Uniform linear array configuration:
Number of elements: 16
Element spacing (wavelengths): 0.25
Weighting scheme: hann
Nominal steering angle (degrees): -60
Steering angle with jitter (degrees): -61.821
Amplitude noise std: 0.05
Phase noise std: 0.05

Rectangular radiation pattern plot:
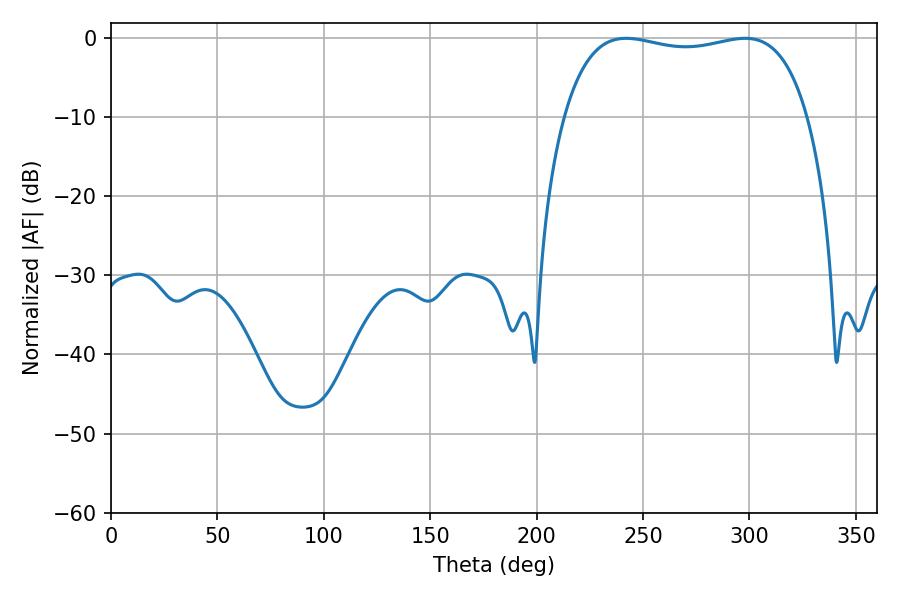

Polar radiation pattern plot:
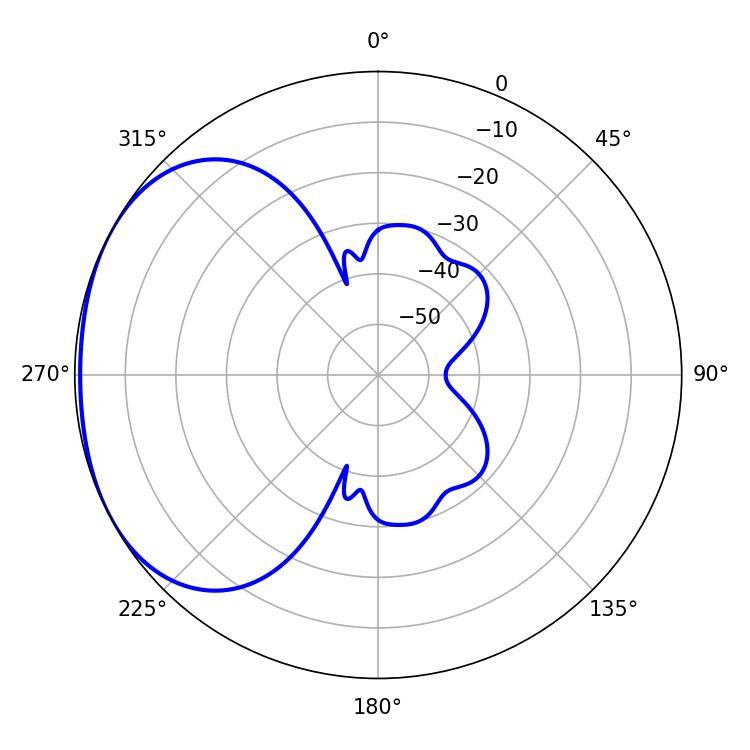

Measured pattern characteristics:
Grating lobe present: FALSE
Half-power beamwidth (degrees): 92.52
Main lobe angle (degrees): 242.1